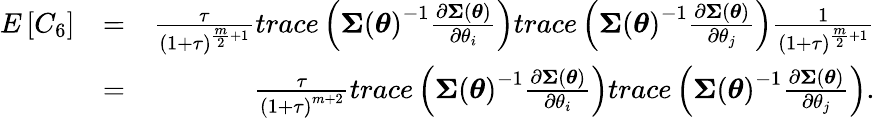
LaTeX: \begin{array}{rlr}{E\left[C_{6}\right]}&{=}&{\frac{\tau}{\left(1+\tau\right)^{\frac{m}{2}+1}}trace\left(\boldsymbol{\Sigma}\left(\boldsymbol{\theta}\right)^{-1}\frac{\partial\boldsymbol{\Sigma}\left(\boldsymbol{\theta}\right)}{\partial\theta_{i}}\right)trace\left(\boldsymbol{\Sigma}\left(\boldsymbol{\theta}\right)^{-1}\frac{\partial\boldsymbol{\Sigma}\left(\boldsymbol{\theta}\right)}{\partial\theta_{j}}\right)\frac{1}{\left(1+\tau\right)^{\frac{m}{2}+1}}}\\ &{=}&{\frac{\tau}{\left(1+\tau\right)^{m+2}}trace\left(\boldsymbol{\Sigma}\left(\boldsymbol{\theta}\right)^{-1}\frac{\partial\boldsymbol{\Sigma}\left(\boldsymbol{\theta}\right)}{\partial\theta_{i}}\right)trace\left(\boldsymbol{\Sigma}\left(\boldsymbol{\theta}\right)^{-1}\frac{\partial\boldsymbol{\Sigma}\left(\boldsymbol{\theta}\right)}{\partial\theta_{j}}\right).}\end{array}